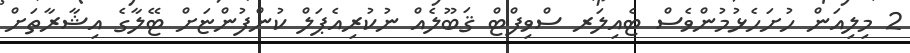
2 މިލިއަން ހުށަހެޅުމުންވެސް ޓެއިލަރ ސްވިފްޓް ޤަބޫލެއް ނުކުރިއެޕަލް ކުންފުންޏަށް ޓޭލާގެ އިޝާރާތަށް